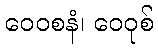
ဝေဝစနံ၊ ဝေဝုစ်